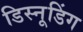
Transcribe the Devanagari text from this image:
डिस्नूडिंग